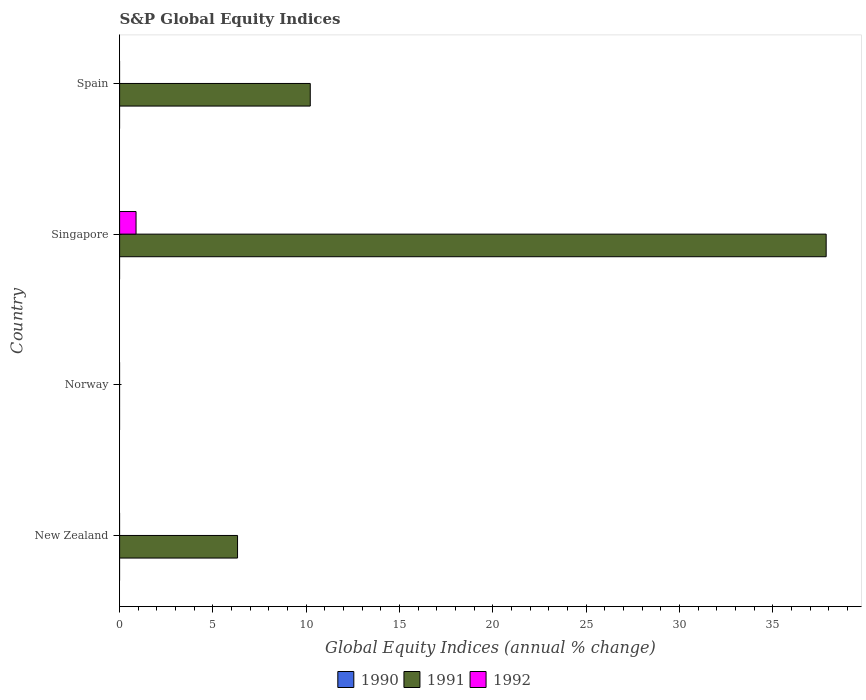
| Country | 1990 | 1991 | 1992 |
 | --- | --- | --- | --- |
 | New Zealand | -39.6 | 6.32 | -8.78 |
 | Norway | -7.17 | -10.4 | -23.7 |
 | Singapore | -12.4 | 37.9 | 0.881 |
 | Spain | -13.2 | 10.2 | -27.2 |